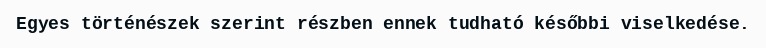
Egyes történészek szerint részben ennek tudható későbbi viselkedése.